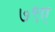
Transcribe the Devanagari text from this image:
७९ए